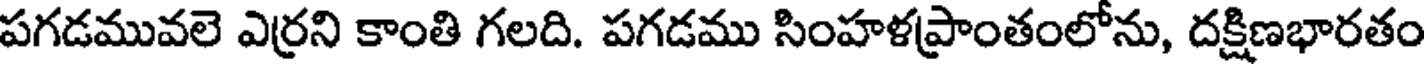
పగడమువలె ఎర్రని కాంతి గలది. పగడము సింహళప్రాంతంలోను, దక్షిణభారతం